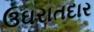
ઉઘરાતદાર